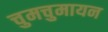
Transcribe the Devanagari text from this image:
चुमचुमायन